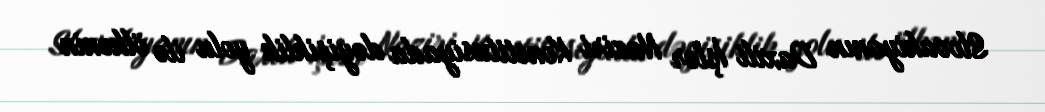
Slovakiyanın Daxili İşlər Naziri Konstitusiyada dəyişiklik yolu ilə ölkənin